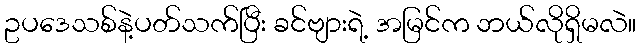
ဥပဒေသစ်နဲ့ပတ်သက်ပြီး ခင်ဗျားရဲ့ အမြင်က ဘယ်လိုရှိမလဲ။